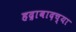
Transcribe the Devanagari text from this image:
हद्राबादच्या